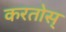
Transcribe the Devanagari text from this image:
करतोस्